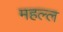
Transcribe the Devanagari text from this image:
महल्ल